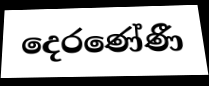
දෙරණේණී